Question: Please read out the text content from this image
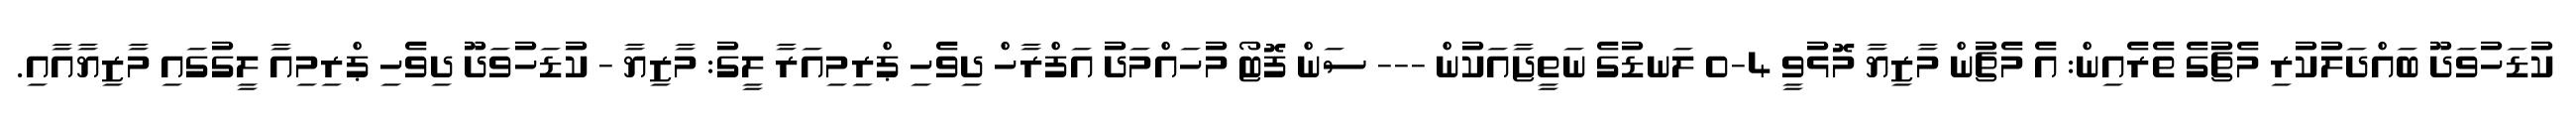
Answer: ކުޑަހުވަދޫ ބައްދަލުކުރި މެޗުގެ ތެރެއިން: އެ މެޗުން މާޒިޔާ މޮޅުވީ 4-0 ލަނޑުގެ ނަތީޖާއަކުން --- ސަން ފޮޓޯ މުހައްމަދު އަފްރާހް ދިވެހި ޕްރިމިއަރާ ލީގު: މާޒިޔާ - ކުޑަހުވަދޫ ދިވެހި ޕްރިމިއާ ލީގުގައި މާޒިޔާއާއި.